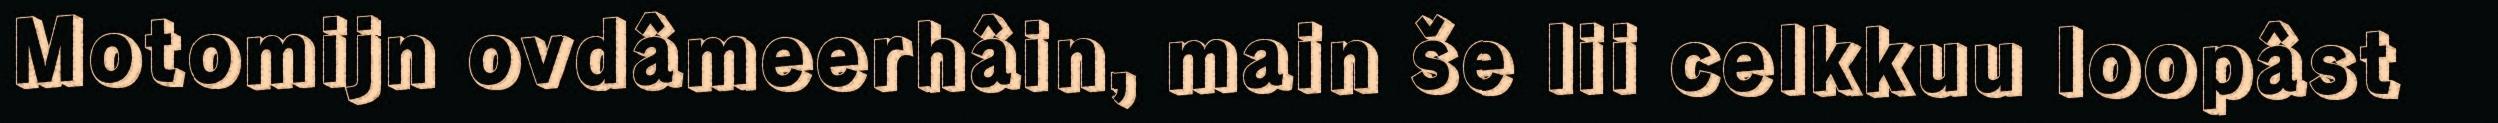
Motomijn ovdâmeerhâin, main še lii celkkuu loopâst